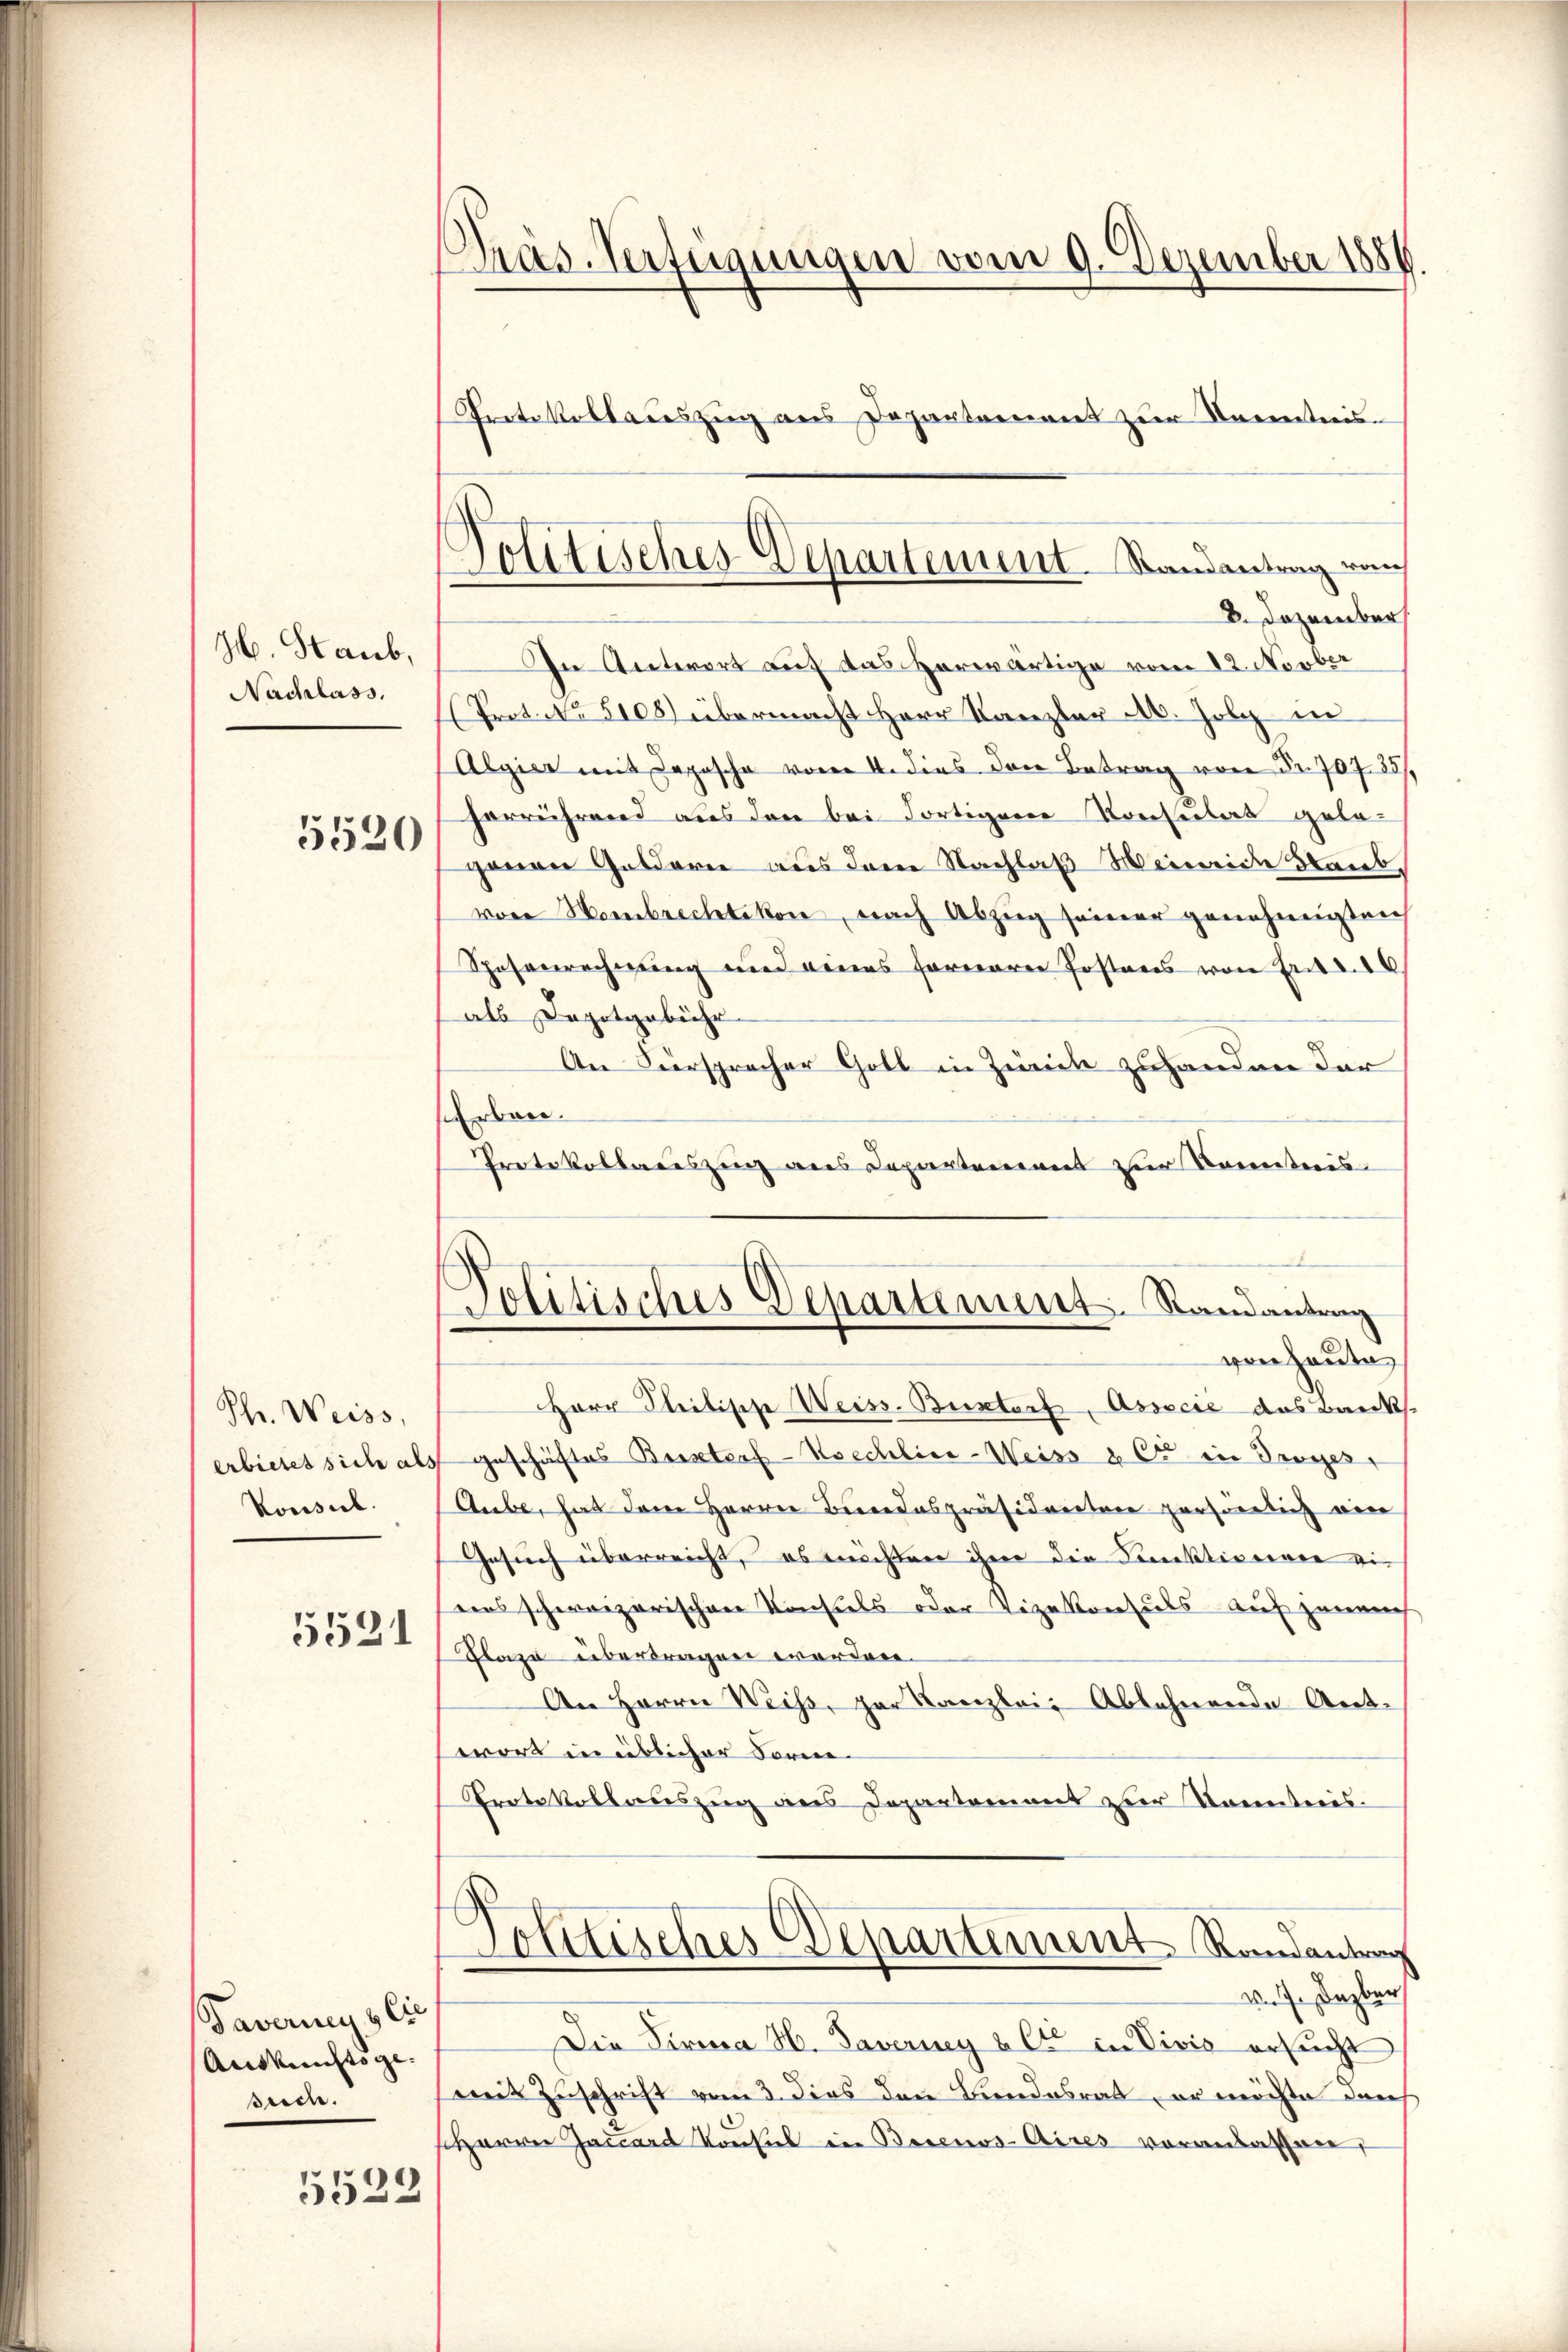
H. Staub,
Nachlass.

5520

Phr. Weiss,
erbietet sich al
Konsil.

5521

Taverny & Cie
Auskunsts ge-
such.

5533

Tras-Verfügungen vom 9. Dezember 1884.
Protokollauszug aus Departement zur Kenntnis

8. Dezember
In Antwort auf das herwärtige vom 12. Novber
Prot. No. 5108) übermacht Herr Kanzler A. Jolg in
Algier mit Depesche vom 4. dies den Betrag von Fr. 707 35/
herrührend aus den bei dortigem Konsulat gelagenau Geldern aus dem Nachlaß Meineide Staub
von Hombrechtikon, nach Abzug seiner genehmigten
Spesenrechnung und eines fernerer Postens von Ent
als Depotgebühr
An Versprecher Goll in Zürich zuhanden der
Erben.
Protokollaceszenz aus Departement zur Kenntnis-
von heute
Herr Seitische Weiss. Bestorf, Assecić das Banksgeschäftes Bestorf-Koechlice-Weiss u. Er in Troges
Aube, hat dem Herrn Bereidespräsideretene persönlich ein
Gesuch überreicht, – es möchten ihme die Cerektioniren ei
ens schweizerischen Konsuls oder Vizekonsuls auf jenach
Flaze übertragen worden.
An Herrn Weiss, par Kanzlei Ablehnende Ant-
wort in üblicher Forme
Protokollauszug aus Departement zur Kenntnis.
Politisches Departement Randantrag
v. 7. Dezber
Die Firma H. Taverney & Cie in Vivis ersucht
mit Zuschrift vom 3. dies den Bundesrat, er möchte darch
Herren Jaccard Konsul in Basenos-Aires voranlassen,

Politisches Departement. Randantrag von

Politisches Departement. Randantrag